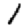
Digit: 1